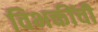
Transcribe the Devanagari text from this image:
विभक्तींची